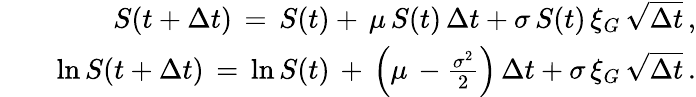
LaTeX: \begin{array}{rlr}&{}&{S(t+\Delta t)\, =\, S(t)+\, \mu\, S(t)\, \Delta t+\sigma\, S(t)\, \xi_{G}\, \sqrt{\Delta t}\, ,}\\ &{}&{\ln S(t+\Delta t)\, =\, \ln S(t)\, +\, \left(\mu\, -\frac{\sigma^{2}}{2}\right)\, \Delta t+\sigma\, \xi_{G}\, \sqrt{\Delta t}\, .}\end{array}